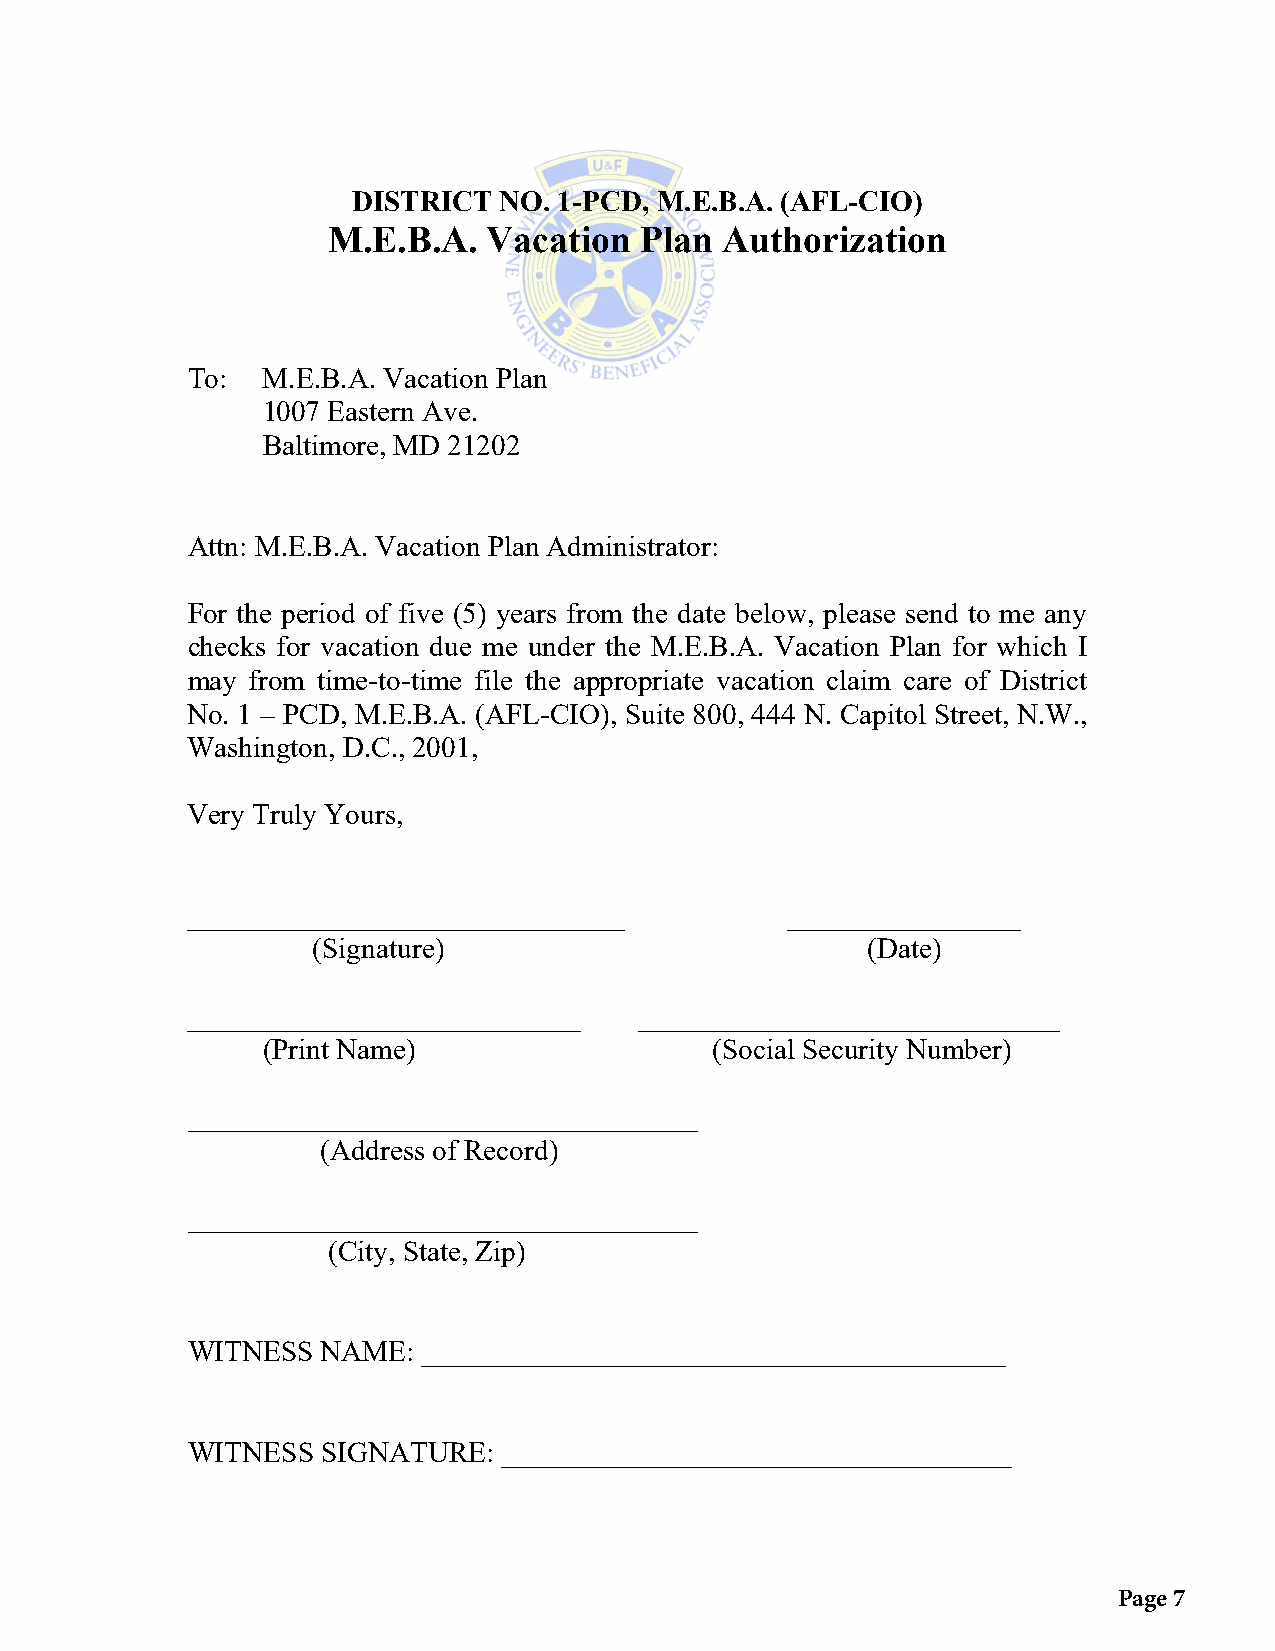
DISTRICT  NO. 1-PCD, M.E.B.A. (AFL-CIO)
 M.E.B.A.  Vacation  Plan  Authorization
 To:  M.E.B.A. Vacation Plan
 1007 Eastern Ave.
 Baltimore, MD 21202
 Attn: M.E.B.A. Vacation Plan Administrator:
 For the period of five (5) years from the date below, please send to me any
 checks for vacation due me under the M.E.B.A. Vacation Plan for which I
 may  from time-to-time file the appropriate vacation claim care of District
 No. 1 – PCD, M.E.B.A. (AFL-CIO), Suite 800, 444 N. Capitol Street, N.W.,
 Washington, D.C., 2001,
 Very Truly Yours,
 ______________________________          ________________
 (Signature)                         (Date)
 ___________________________   _____________________________
 (Print Name)                  (Social Security Number)
 ___________________________________
 (Address of Record)
 ___________________________________
 (City, State, Zip)
 WITNESS  NAME:  ________________________________________
 WITNESS  SIGNATURE:  ___________________________________
 Page 7